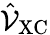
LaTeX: \hat{\mathcal{V}}_{\mathrm{XC}}